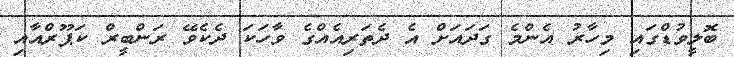
ބޮލީވުޑްގައި މިހާރު އެންމެ ގަދައަށް އެ ދެތަރިއެއްގެ ވާހަކަ ދެކެވޭ ރަންބީރް ކަޕޫރްއާއި